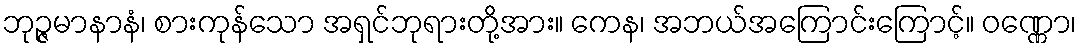
ဘုဉ္ဇမာနာနံ၊ စားကုန်သော အရှင်ဘုရားတို့အား။ ကေန၊ အဘယ်အကြောင်းကြောင့်။ ဝဏ္ဏော၊